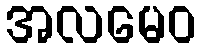
အလမေဝ